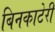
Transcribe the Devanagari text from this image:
बिनकाटेरी